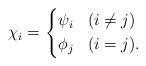
LaTeX: \begin{align*}\chi_i = \left\{\begin{aligned}& \psi_i & &(i \neq j) \\& \phi_j & &(i =j).\end{aligned} \right.\end{align*}